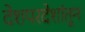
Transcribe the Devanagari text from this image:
देशपरदेशांतून